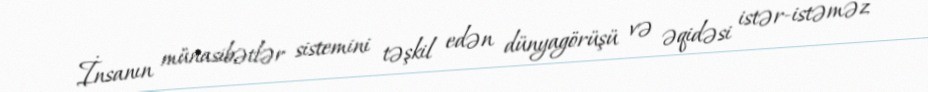
İnsanın münasibətlər sistemini təşkil edən dünyagörüşü və əqidəsi istər-istəməz